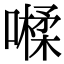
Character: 𡀐